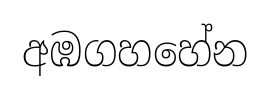
අඹගහහේන